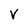
Character: v